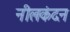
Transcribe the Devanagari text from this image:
नीलकंदन